Dysentery in Hazaribagh Central Jail - Number 52
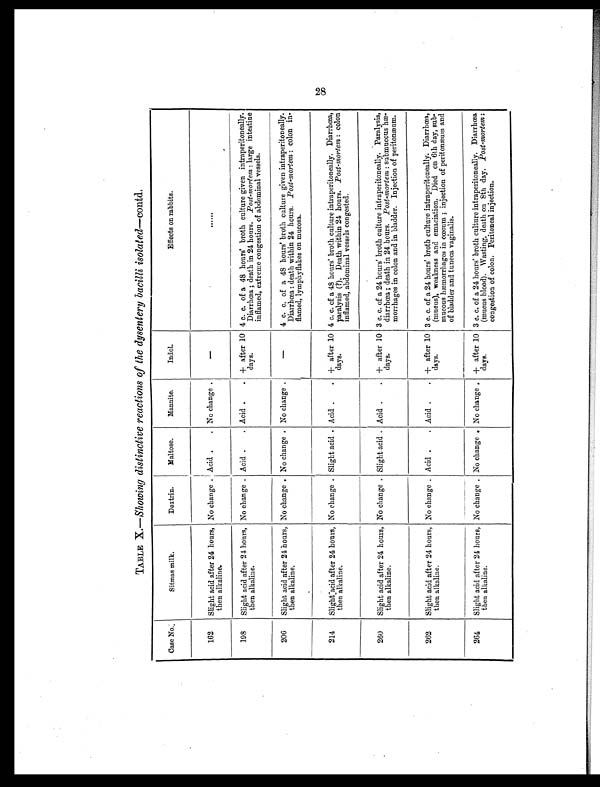
Case No.
Sitmas milk.
Dextrin.
Maltose.
Mannite.
Indol.
Effects on rabbits.
162
Slight acid after 24 hours,
then alkaline.
No change . Acid .
. No change .
—
......
198
Slight acid after 24 hours,
then alkaline.
No change . Acid .
. Acid .
. + after 10
days.
4 c. c. of a 48 hours' broth culture given intraperitoneally.
Diarrhœa; death in 24 hours. Post-mortem: large intestine
inflamed, extreme congestion of abdominal vessels.
206
Slight acid after 24 hours,
then alkaline.
No change . No change . No change .
—
4 c. c. of a 48 hours' broth culture given intraperitoneally.
Diarrhœa: death within 24 hours. Post-mortem: colon in-
flamed, lymphyflakes on mucosa.
214
Slight acid after 24 hours,
then alkaline.
No change . Slight acid . Acid
. . + after 10
days.
4 c. c. of a 48 hours' broth culture intraperitoneally. Diarrhœa,
paralysis (?). Death within 24 hours. Post-mortem: colon
inflamed, abdominal vessels congested.
260
Slight acid after 24 hours,
then alkaline.
No change . Slight acid . Acid .
. + after 10
days.
3 c. c. of a 24 hours' broth culture intraperitoneally. Paralysis,
diarrhœa; death in 24 hours. Post-mortem: submucous hæ-
morrhages in colon and in bladder. Injection of peritonæum.
262
Slight acid after 24 hours,
then alkaline.
No change . Acid .
. Acid .
. + after 10
days.
3 c. c. of a 24 hours' broth culture intraperitoneally. Diarrhœa,
(mucus), weakness and emaciation. Died on 6th day, sub-
mucous hæmorrhages in cœcum; injection of peritonæum and
of bladder and tuneca vaginalis.
264
Slight acid after 24 hours,
then alkaline.
No change . No change . No change . + after 10
days.
3 c. c. of a 24 hours' broth culture intraperitoneally. Diarrhœa
(mucus blood). Wasting, death on 8th day. Post-mortem:
congestion of colon. Peritoneal injection.
28